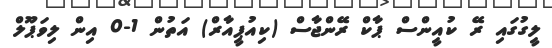
ލީގުގައި ރޭ ކުއީންސް ޕާކް ރޭންޖާސް (ކިއުޕީއާރް) އަތުން 1-0 އިން ލިވަޕޫލް